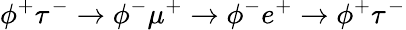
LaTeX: \phi^{+}\tau^{-}\rightarrow\phi^{-}\mu^{+}\rightarrow\phi^{-}e^{+}\rightarrow\phi^{+}\tau^{-}